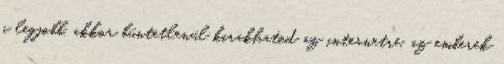
a legjobb, akkor büntetlenül kirakhatod az internetre, az emberek